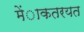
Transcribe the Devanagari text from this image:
मेंाकतरयत